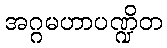
အဂ္ဂမဟာပဏ္ဍိတ